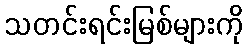
သတင်းရင်းမြစ်များကို